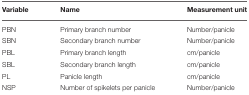
<table><thead><tr><td><b>Variable</b></td><td><b>Name</b></td><td><b>Measurement unit</b></td></tr></thead><tbody><tr><td>PBN</td><td>Primary branch number</td><td>Number/panicle</td></tr><tr><td>SBN</td><td>Secondary branch number</td><td>Number/panicle</td></tr><tr><td>PBL</td><td>Primary branch length</td><td>cm/panicle</td></tr><tr><td>SBL</td><td>Secondary branch length</td><td>cm/panicle</td></tr><tr><td>PL</td><td>Panicle length</td><td>cm/panicle</td></tr><tr><td>NSP</td><td>Number of spikelets per panicle</td><td>Number/panicle</td></tr></tbody></table>